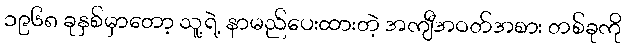
၁၉၆၈ ခုနှစ်မှာတော့ သူ့ရဲ့ နာမည်ပေးထားတဲ့ အကျီအဝတ်အစား တစ်ခုကို